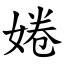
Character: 婘